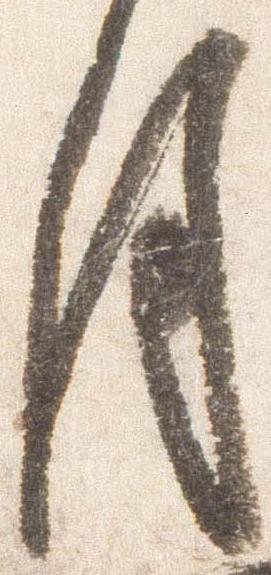
月